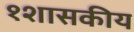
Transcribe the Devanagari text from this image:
१शासकीय